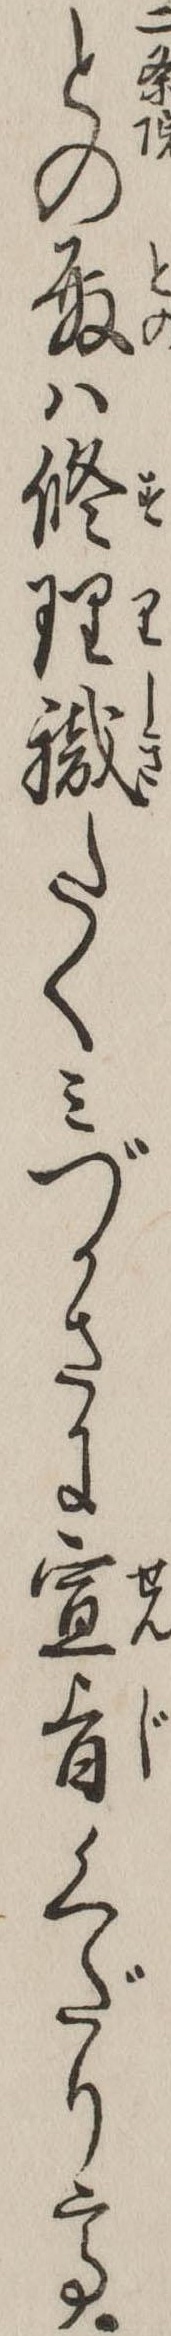
との殿は修理職たくみづかさに宣旨くだりて